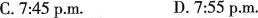
C.7:45 p.M. D.7:55 p.M.